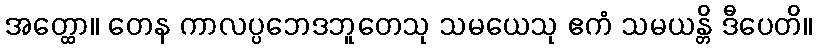
အတ္ထော။ တေန ကာလပ္ပဘေဒဘူတေသု သမယေသု ဧကံ သမယန္တိ ဒီပေတိ။